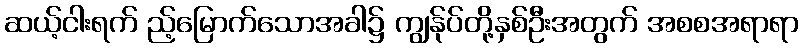
ဆယ့်ငါးရက် ည့်မြောက်သောအခါ၌ ကျွန်ုပ်တို့နှစ်ဦးအတွက် အစစအရာရာ